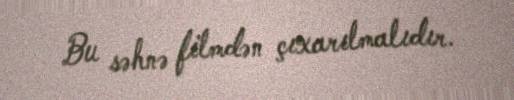
Bu səhnə filmdən çıxarılmalıdır.